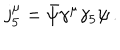
j _ { 5 } ^ { \mu } = \bar { \psi } \gamma ^ { \mu } \gamma _ { 5 } \psi \, .